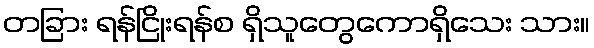
တခြား ရန်ငြိုးရန်စ ရှိသူတွေကောရှိသေး သား။